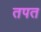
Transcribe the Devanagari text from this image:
तपत